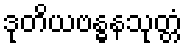
ဒုတိယဗန္ဓနသုတ္တံ